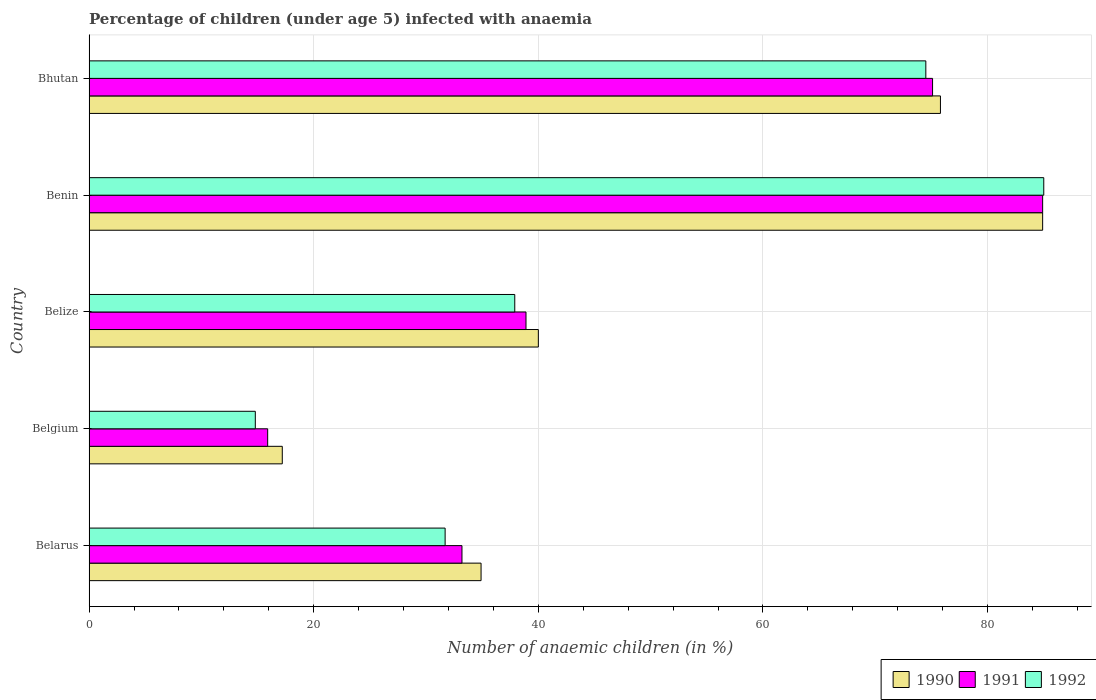
| Country | 1990 | 1991 | 1992 |
 | --- | --- | --- | --- |
 | Belarus | 34.9 | 33.2 | 31.7 |
 | Belgium | 17.2 | 15.9 | 14.8 |
 | Belize | 40 | 38.9 | 37.9 |
 | Benin | 84.9 | 84.9 | 85 |
 | Bhutan | 75.8 | 75.1 | 74.5 |